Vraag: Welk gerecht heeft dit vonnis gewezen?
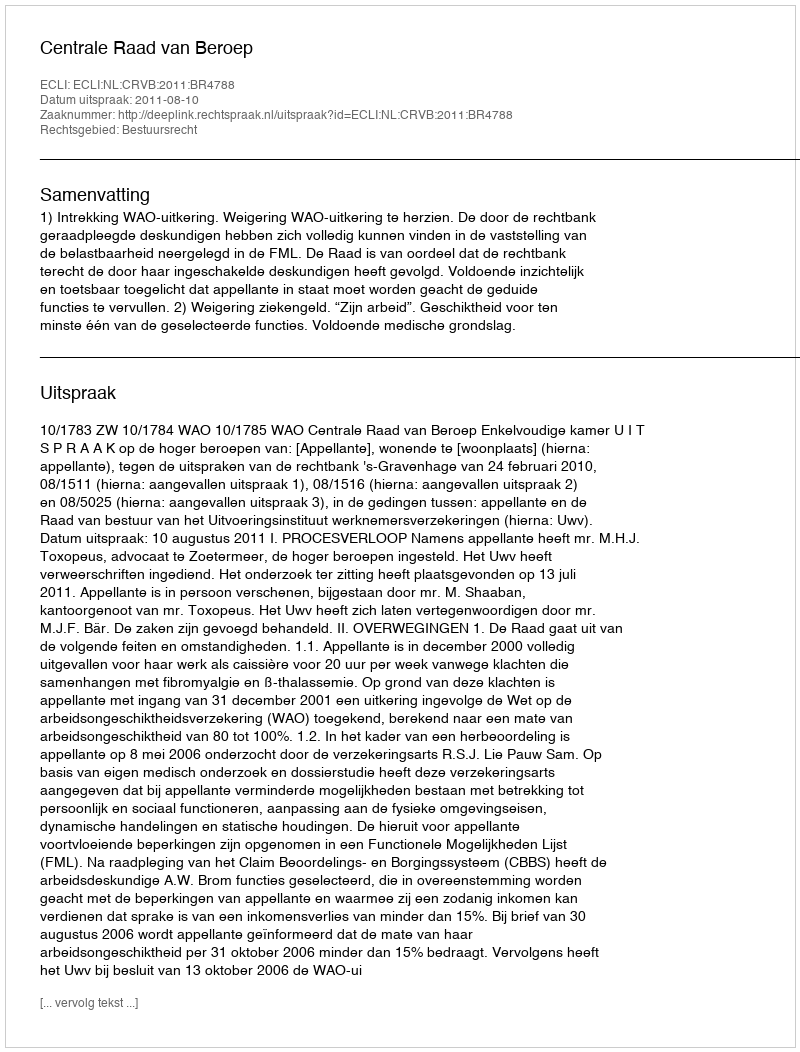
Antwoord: Centrale Raad van Beroep